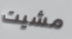
مشيت